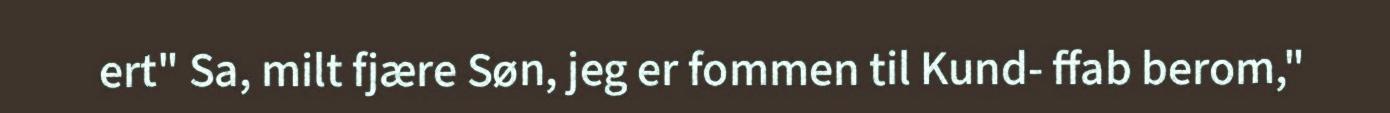
ert" Sa, milt fjære Søn, jeg er fommen til Kund- ffab berom,"